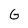
Character: G